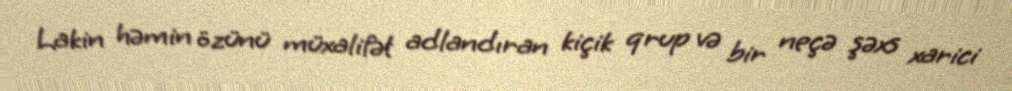
Lakin həmin özünü müxalifət adlandıran kiçik qrup və bir neçə şəxs xarici